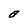
Character: a